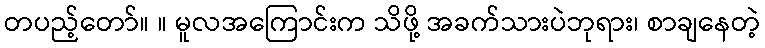
တပည့်တော်။ ။ မူလအကြောင်းက သိဖို့ အခက်သားပဲဘုရား၊ စာချနေတဲ့